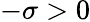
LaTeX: -\sigma>0